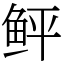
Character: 鲆